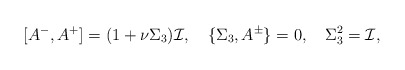
\begin{align*}[A^-,A^+]=(1+\nu\Sigma_3){\cal I},\quad\{\Sigma_3,A^\pm\}=0,\quad \Sigma_3^2={\cal I},\end{align*}